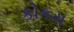
કોકમ